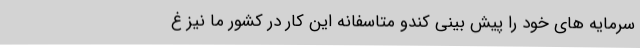
سرمایه های خود را پیش بینی کندو متاسفانه این کار در کشور ما نیز غ